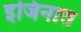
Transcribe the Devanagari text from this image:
इजिनात